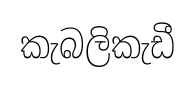
කැබලිකැඩී